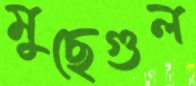
মুছেগুল